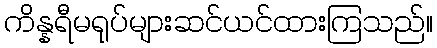
ကိန္နရီမရုပ်များဆင်ယင်ထားကြသည်။